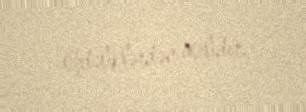
öhdəliklərdən asılıdır.